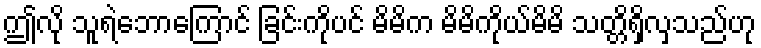
ဤလို သူရဲဘောကြောင် ခြင်းကိုပင် မိမိက မိမိကိုယ်မိမိ သတ္တိရှိလှသည်ဟု